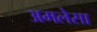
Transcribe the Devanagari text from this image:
अमलेसा